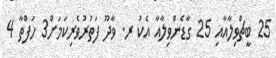
25 ބީޗްވިލާއާއި 25 ގާޑެންވިލާއާ އެކު ރ. ވާދޫ ފަތުރުވެރިކަމަށް3 ހަފްތާ 4